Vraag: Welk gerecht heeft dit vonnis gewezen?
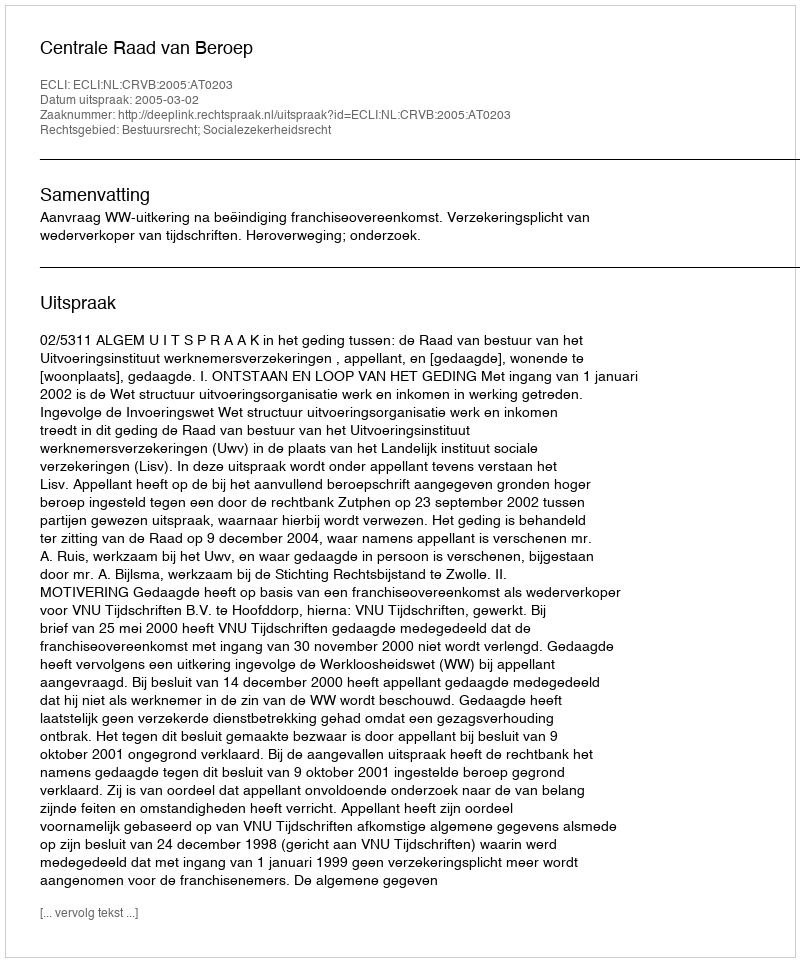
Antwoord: Centrale Raad van Beroep